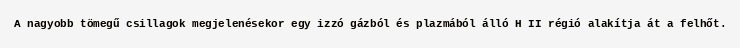
A nagyobb tömegű csillagok megjelenésekor egy izzó gázból és plazmából álló H II régió alakítja át a felhőt.